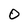
Character: 0